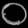
Digit: ၀